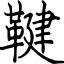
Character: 鞬